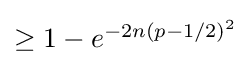
{\textstyle \geq 1-e^{-2n(p-1/2)^{2}}}